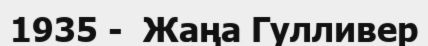
1935 -  Жаңа Гулливер